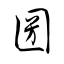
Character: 圀